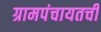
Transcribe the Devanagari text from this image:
ग्रामपंचायतची